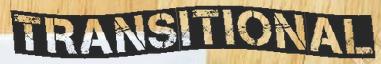
TRANSITIONAL